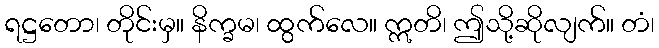
ရဋ္ဌတော၊ တိုင်းမှ။ နိက္ခမ၊ ထွက်လေ။ ဣတိ၊ ဤသို့ဆိုလျက်။ တံ၊